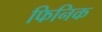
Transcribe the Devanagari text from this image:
फिनिक